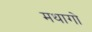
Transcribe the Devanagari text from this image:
मथागो